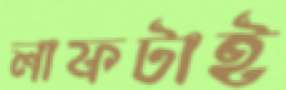
লাফটাই